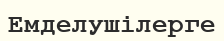
Емделушілерге